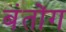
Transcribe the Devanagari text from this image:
बंतोंग